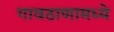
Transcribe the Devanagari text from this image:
गावठाणामध्ये